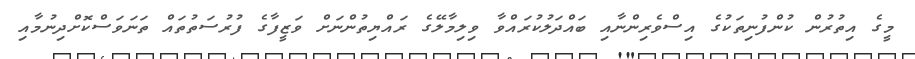
މީގެ އިތުރުން ކުންފުނިތަކުގެ އިސްވެރިންނާއި ބައްދަލުކުރައްވާ ވިލިމާލޭގެ ރައްޔިތުންނަށް ވަޒީފާގެ ފުރުސަތުތައް ތަނަވަސްކޮށްދިނުމާއި